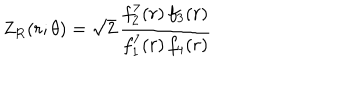
\mathrm { Z } _ { \mathrm { R } } ( r ; \theta ) = \sqrt { 2 } \, { \frac { f _ { 2 } ^ { 7 } ( r ) \, f _ { 3 } ( r ) } { f _ { 1 } ^ { 7 } ( r ) \, f _ { 4 } ( r ) } }